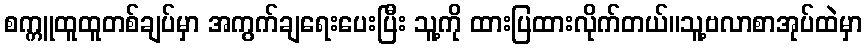
စက္ကူထူထူတစ်ချပ်မှာ အကွက်ချရေးပေးပြီး သူ့ကို ထားပြထားလိုက်တယ်။သူ့ဗလာစာအုပ်ထဲမှာ